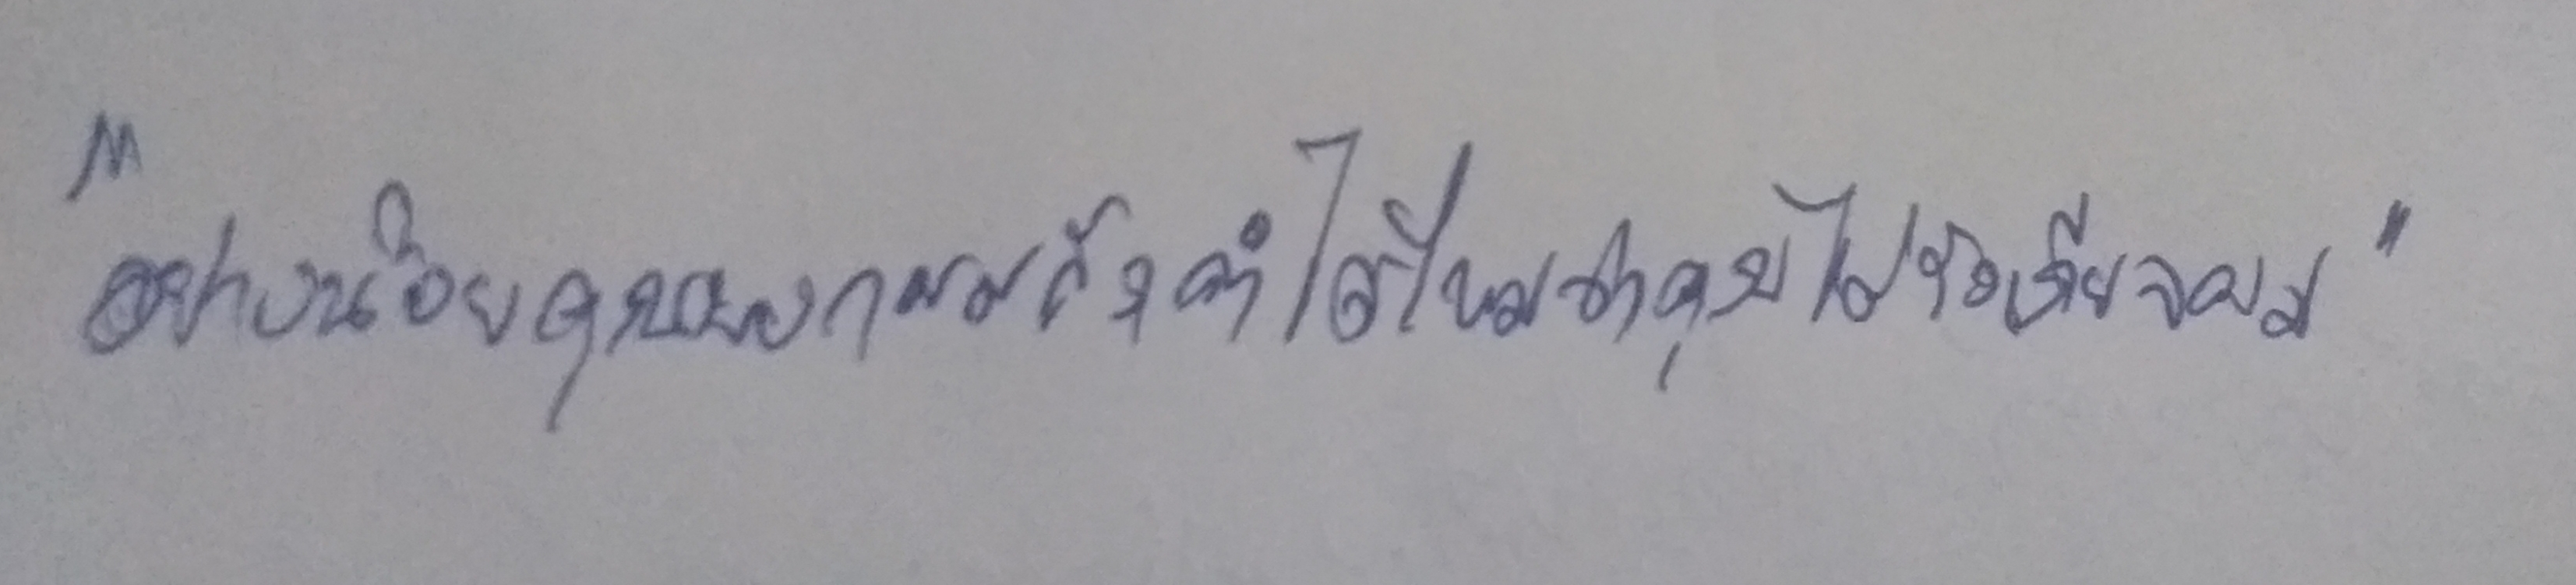
"อย่างน้อยคุณบอกผมสักคำได้ไหมว่าคุณไม่รังเกียจผม"